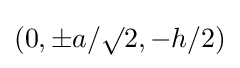
(0,\pm a/\surd 2,-h/2)